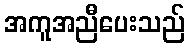
အကူအညီပေးသည်